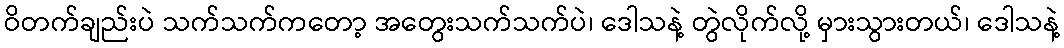
ဝိတက်ချည်းပဲ သက်သက်ကတော့ အတွေးသက်သက်ပဲ၊ ဒေါသနဲ့ တွဲလိုက်လို့ မှားသွားတယ်၊ ဒေါသနဲ့